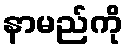
နာမည်ကို